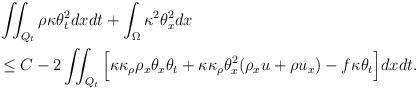
LaTeX: \begin{align*} &\iint_{Q_t} \rho\kappa\theta_t^2 dxdt+\int_\Omega \kappa^2\theta_x^2dx\\& \leq C-2\iint_{Q_t}\Big[\kappa\kappa_\rho\rho_x\theta_x\theta_t +\kappa\kappa_\rho\theta_x^2(\rho_xu+\rho u_x)-f\kappa\theta_t\Big]dxdt.\\\end{align*}